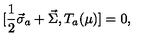
[ \frac { 1 } { 2 } \vec { \sigma } _ { a } + \vec { \Sigma } , T _ { a } ( \mu ) ] = 0 ,